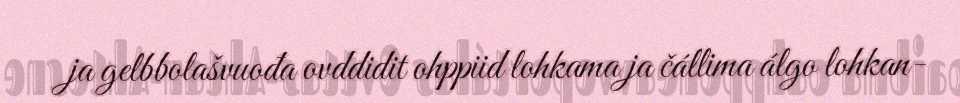
ja gelbbolašvuođa ovddidit ohppiid lohkama ja čállima álgo lohkan-